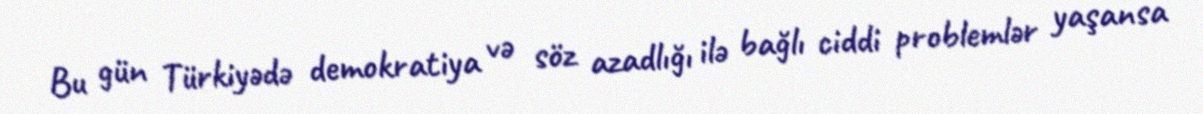
Bu gün Türkiyədə demokratiya və söz azadlığı ilə bağlı ciddi problemlər yaşansa